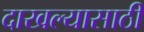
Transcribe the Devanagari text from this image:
दाखल्यासाठी